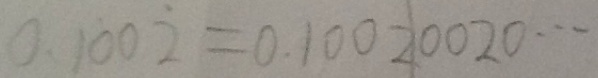
0 . 1 \dot { 0 } 0 \dot { 2 } = 0 . 1 0 0 2 1 0 0 2 0 \cdots